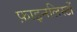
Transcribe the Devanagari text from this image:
फ़ाइनलिस्टों